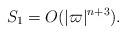
LaTeX: \begin{align*}S_1 =O(|\varpi|^{n+3}).\end{align*}